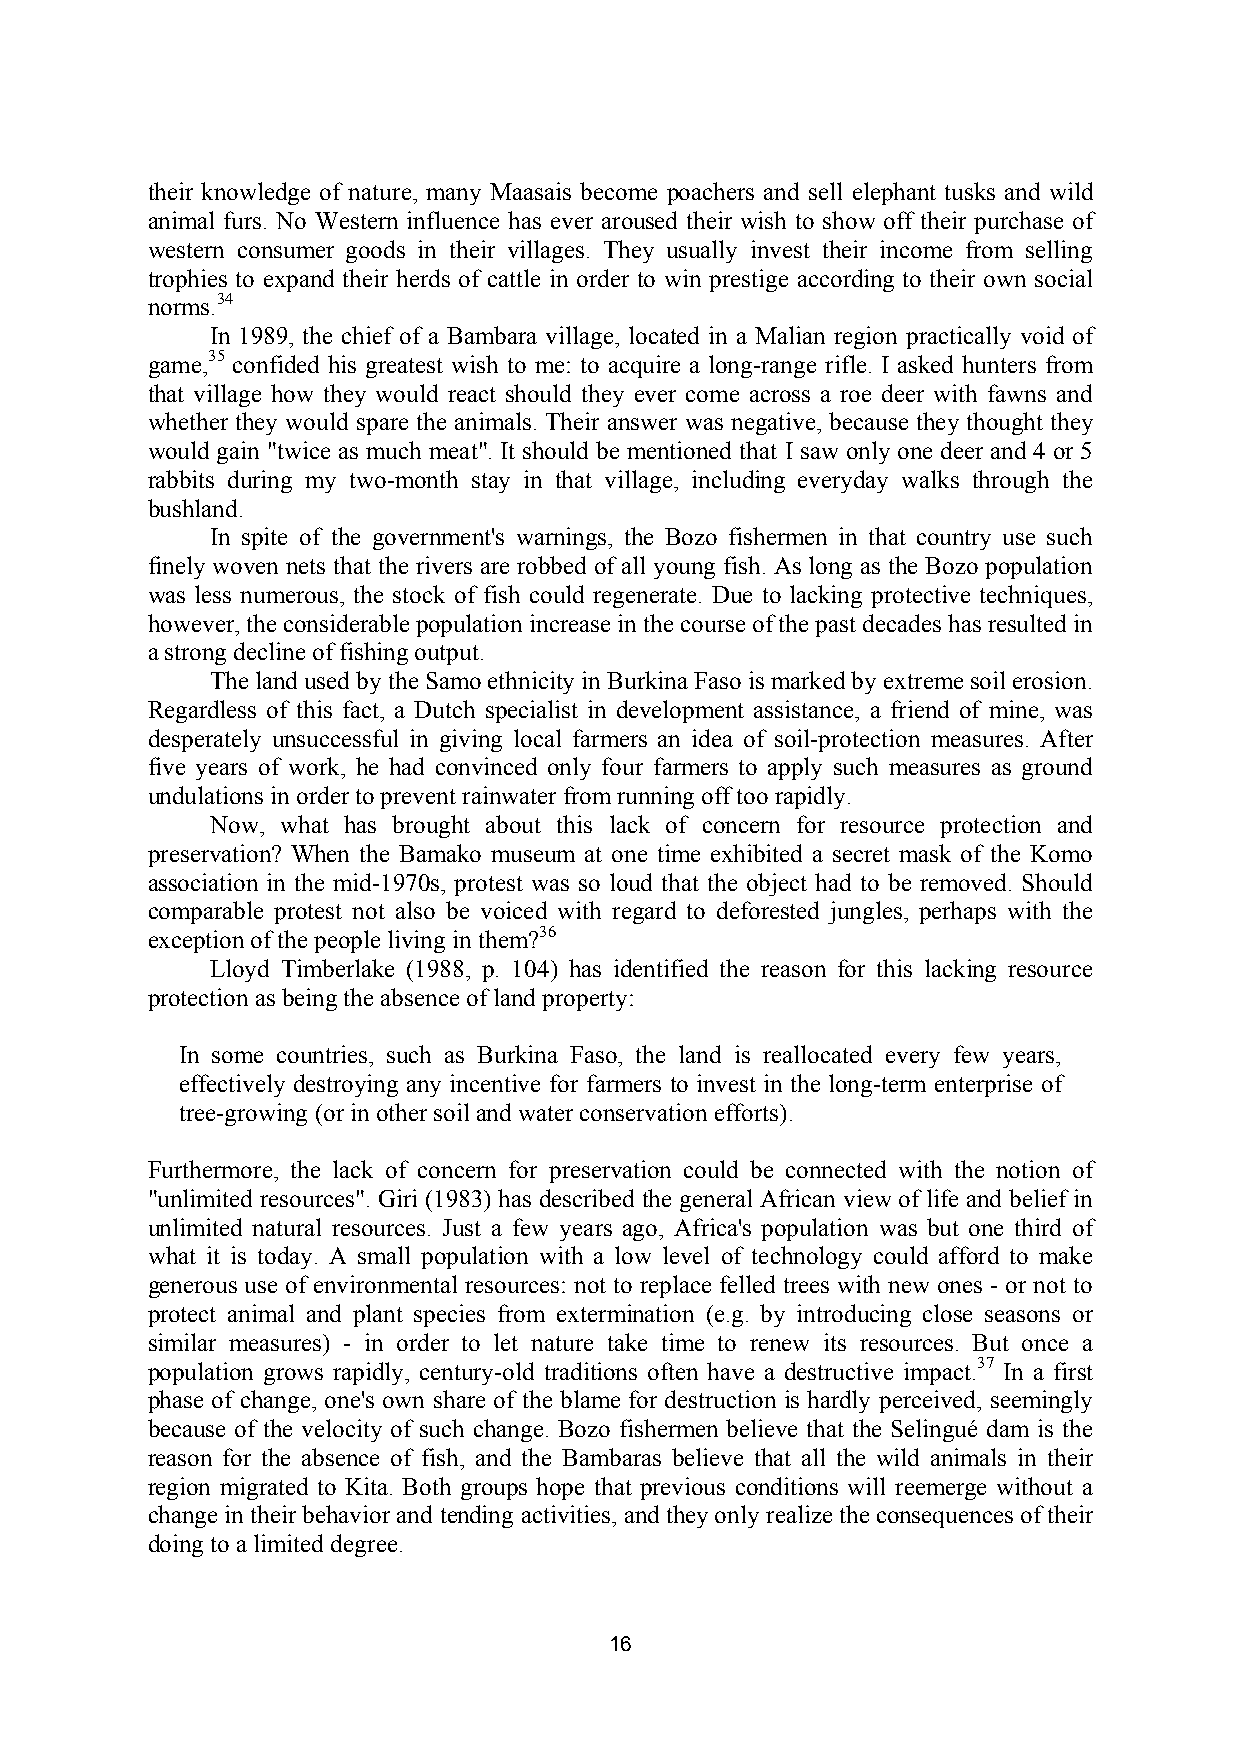
their knowledge of nature, many Maasais become poachers and sell elephant tusks and wild
 animal furs. No Western influence has ever aroused their wish to show off their purchase of
 western consumer goods in their villages. They usually invest their income from selling
 trophies to expand their herds of cattle in order to win prestige according to their own social
 norms.34
 In 1989, the chief of a Bambara village, located in a Malian region practically void of
 game,35 confided his greatest wish to me: to acquire a long-range rifle. I asked hunters from
 that village how they would react should they ever come across a roe deer with fawns and
 whether they would spare the animals. Their answer was negative, because they thought they
 would gain "twice as much meat". It should be mentioned that I saw only one deer and 4 or 5
 rabbits during my two-month stay in that village, including everyday walks through the
 bushland.
 In spite of the government's warnings, the Bozo fishermen in that country use such
 finely woven nets that the rivers are robbed of all young fish. As long as the Bozo population
 was less numerous, the stock of fish could regenerate. Due to lacking protective techniques,
 however, the considerable population increase in the course of the past decades has resulted in
 a strong decline of fishing output.
 The land used by the Samo ethnicity in Burkina Faso is marked by extreme soil erosion.
 Regardless of this fact, a Dutch specialist in development assistance, a friend of mine, was
 desperately unsuccessful in giving local farmers an idea of soil-protection measures. After
 five years of work, he had convinced only four farmers to apply such measures as ground
 undulations in order to prevent rainwater from running off too rapidly.
 Now, what has brought about this lack of concern for resource protection and
 preservation? When the Bamako museum at one time exhibited a secret mask of the Komo
 association in the mid-1970s, protest was so loud that the object had to be removed. Should
 comparable protest not also be voiced with regard to deforested jungles, perhaps with the
 exception of the people living in them?36
 Lloyd Timberlake (1988, p. 104) has identified the reason for this lacking resource
 protection as being the absence of land property:
 In some countries, such as Burkina Faso, the land is reallocated every few years,
 effectively destroying any incentive for farmers to invest in the long-term enterprise of
 tree-growing (or in other soil and water conservation efforts).
 Furthermore, the lack of concern for preservation could be connected with the notion of
 "unlimited resources". Giri (1983) has described the general African view of life and belief in
 unlimited natural resources. Just a few years ago, Africa's population was but one third of
 what it is today. A small population with a low level of technology could afford to make
 generous use of environmental resources: not to replace felled trees with new ones - or not to
 protect animal and plant species from extermination (e.g. by introducing close seasons or
 similar measures) - in order to let nature take time to renew its resources. But once a
 population grows rapidly, century-old traditions often have a destructive impact.37 In a first
 phase of change, one's own share of the blame for destruction is hardly perceived, seemingly
 because of the velocity of such change. Bozo fishermen believe that the Selingué dam is the
 reason for the absence of fish, and the Bambaras believe that all the wild animals in their
 region migrated to Kita. Both groups hope that previous conditions will reemerge without a
 change in their behavior and tending activities, and they only realize the consequences of their
 doing to a limited degree.
 16